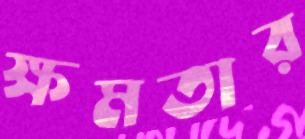
ক্ষমতার